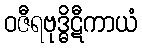
ဝဇီရဗုဒ္ဓိဋီကာယံ